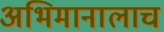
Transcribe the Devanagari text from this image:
अभिमानालाच